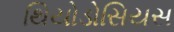
થિયોડોસિયસ